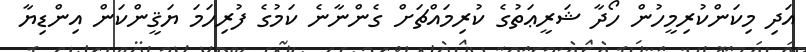
އަދިި މިކަންކުރިމީހުން ހޯދާ ޝަރީޢަތުގެ ކުރިމައްޗަށް ގެންނާނެ ކަމުގެ ފުރިހަމަ ޔަޤީންކަން އިންޑިޔާ